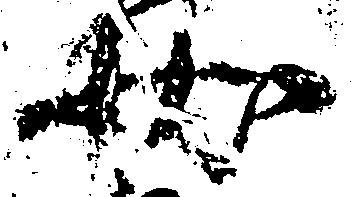
状